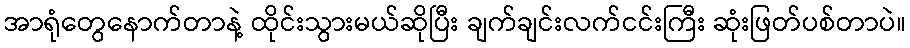
အာရုံတွေနောက်တာနဲ့ ထိုင်းသွားမယ်ဆိုပြီး ချက်ချင်းလက်ငင်းကြီး ဆုံးဖြတ်ပစ်တာပဲ။